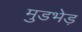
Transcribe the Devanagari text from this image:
मुडभेड़